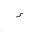
Letter: _hamza